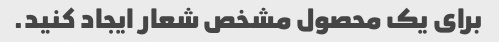
برای یک محصول مشخص شعار ایجاد کنید.